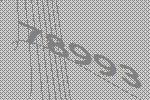
78993